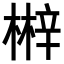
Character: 𣘲